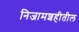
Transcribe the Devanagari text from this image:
निजामशहीतील